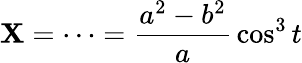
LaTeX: \mathbf{X}=\cdots={\frac{{a^{2}-b^{2}}}{{a}}}\cos^{3}t